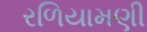
રળિયામણી